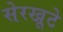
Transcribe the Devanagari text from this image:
सेरखूटे